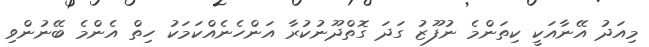
މިއަދު އޭނާއަކީ ކިތަންމެ ނުފޫޒު ގަދަ ގޮތްދޫނުކުރާ އަންހެނެއްކަމަކު ހިތް އެންމެ ބޭނުންވި